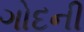
ગોદની